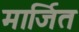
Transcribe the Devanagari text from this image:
मार्जित